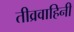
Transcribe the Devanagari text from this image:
तीव्रवाहिनी